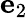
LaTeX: \mathbf{e}_{2}